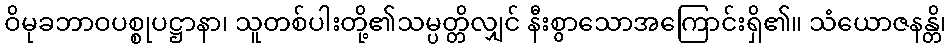
ဝိမုခဘာဝပစ္စုပဋ္ဌာနာ၊ သူတစ်ပါးတို့၏သမ္ပတ္တိလျှင် နီးစွာသောအကြောင်းရှိ၏။ သံယောဇနန္တိ၊